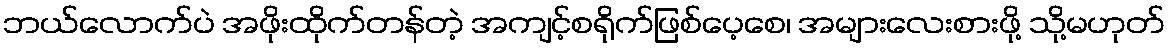
ဘယ်လောက်ပဲ အဖိုးထိုက်တန်တဲ့ အကျင့်စရိုက်ဖြစ်ပေ့စေ၊ အများလေးစားဖို့ သို့မဟုတ်